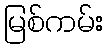
မြစ်ကမ်း